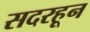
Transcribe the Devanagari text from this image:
सदरहून